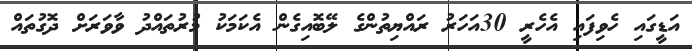
އަޑީގައި ހެވިފައި އެހެރީ 30އަހަރު ރައްޔިތުންގެ ލޭބޮއިގެން އެކަމަކު މުރުތައްދު ވާވަރަށް ދޮގުތައް